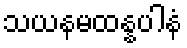
သယနမထန္နပါနံ